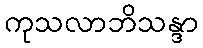
ကုသလာဘိသန္ဒာ